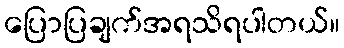
ပြောပြချက်အရသိရပါတယ်။